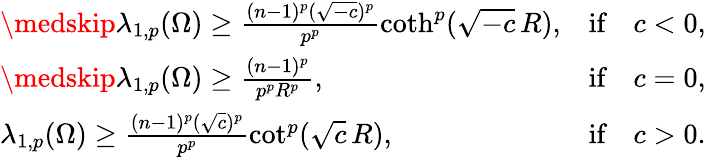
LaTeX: \begin{array}{lll}{\medskip\lambda_{1,p}(\Omega)\geq\frac{(n-1)^{p}(\sqrt{-c})^{p}}{p^{p}}\coth^{p}(\sqrt{-c}\, R),}&{\textrm{if}}&{c<0,}\\ {\medskip\lambda_{1,p}(\Omega)\geq\frac{(n-1)^{p}}{p^{p}R^{p}},}&{\textrm{if}}&{c=0,}\\ {\lambda_{1,p}(\Omega)\geq\frac{(n-1)^{p}(\sqrt c)^{p}}{p^{p}}\cot^{p}(\sqrt c\, R),}&{\textrm{if}}&{c>0.}\end{array}